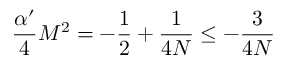
\frac { \alpha ^ { \prime } } 4 M ^ { 2 } = - \frac 1 2 + \frac 1 { 4 N } \le - \frac 3 { 4 N }